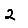
Digit: 2